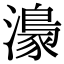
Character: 𤀴